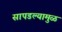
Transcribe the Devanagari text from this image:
सापडल्यामुळं